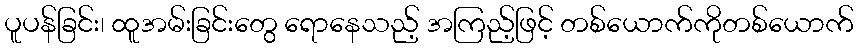
ပူပန်ခြင်း၊ ထူအမ်းခြင်းတွေ ရောနေသည့် အကြည့်ဖြင့် တစ်ယောက်ကိုတစ်ယောက်